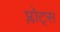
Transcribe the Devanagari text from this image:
प्लोट्स